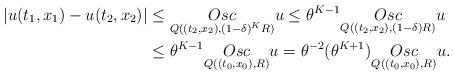
LaTeX: \begin{align*}\vert u(t_{1},x_{1})-u(t_{2},x_{2})\vert & \leq\underset{Q((t_{2},x_{2}),(1-\delta)^{K}R)}{Osc}u\leq\theta^{K-1}\underset{Q((t_{2},x_{2}),(1-\delta)R)}{Osc}u\\ & \leq\theta^{K-1}\underset{Q((t_{0},x_{0}),R)}{Osc}u=\theta^{-2}(\theta^{K+1})\underset{Q((t_{0},x_{0}),R)}{Osc}u.\end{align*}